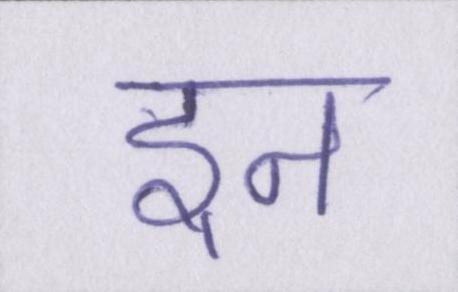
इन